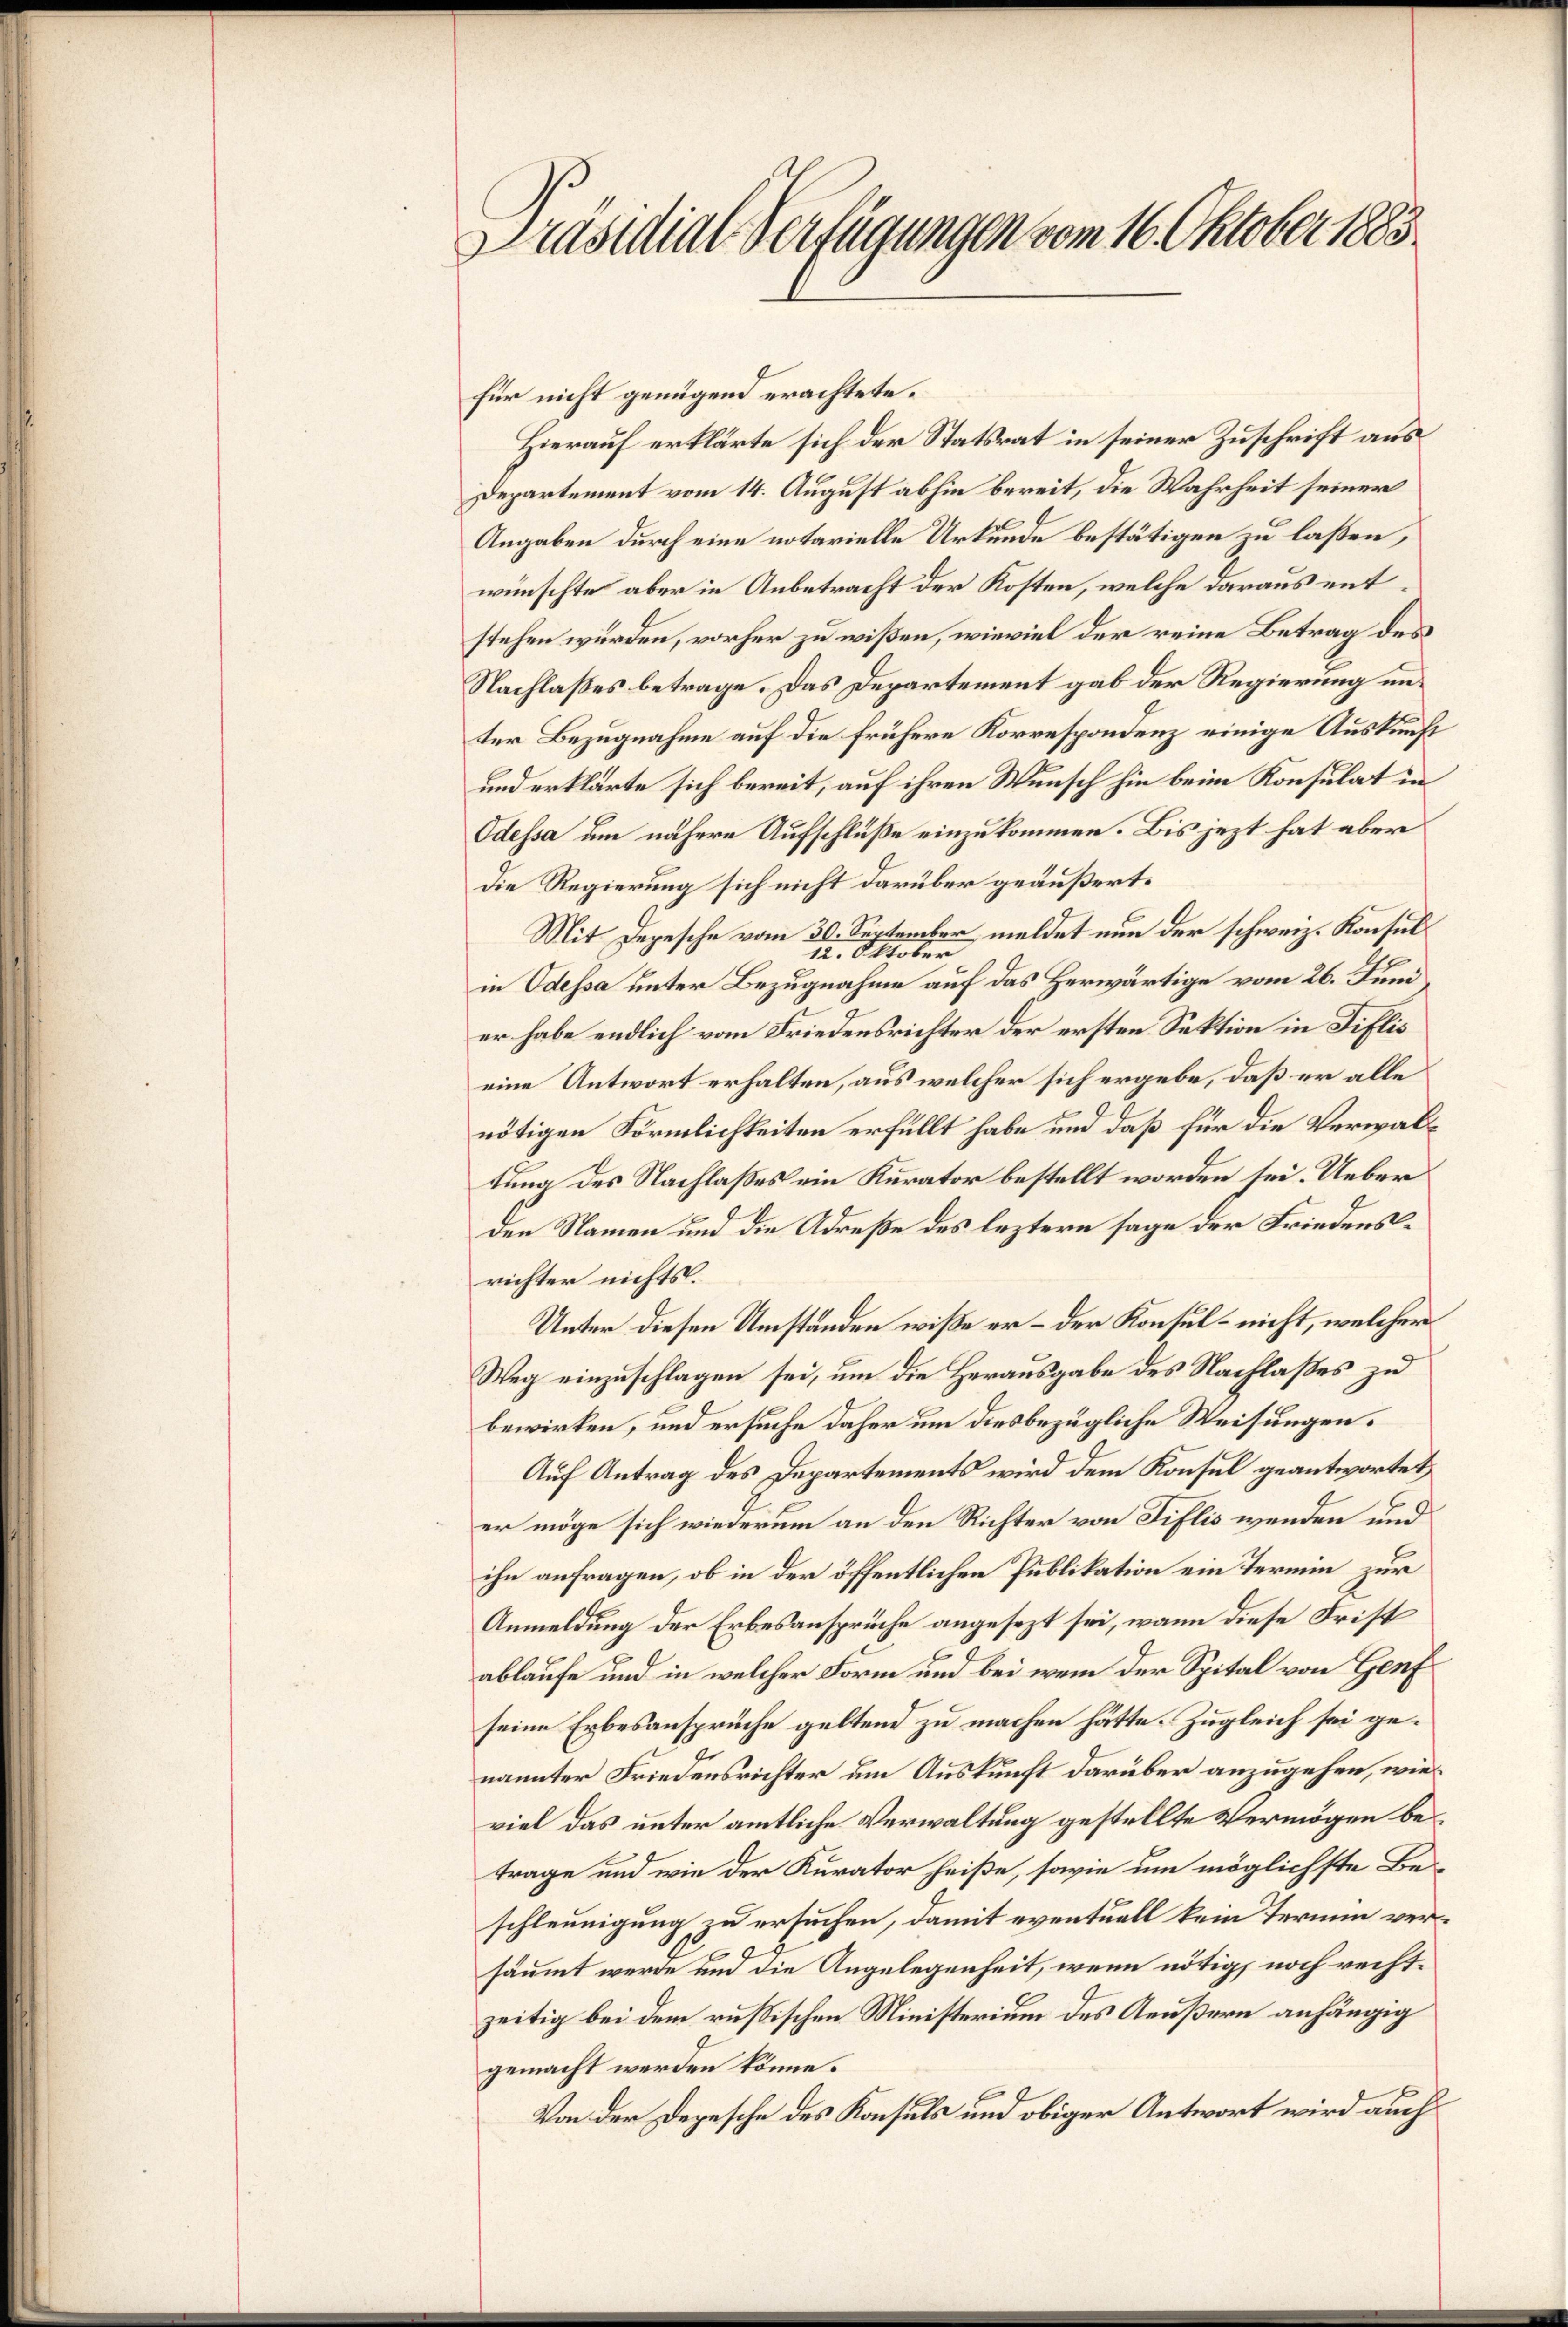
Präsidial-Verfügungen vom 16. Oktober 1883

für nicht genügend erachtete.
Hierauf erklärte sich der Statsrat in seiner Zuschrift aus
Departement vom 14. August abhin bereit, die Wahrheit seiner
Angaben durch eine notarielle Urkunde bestätigen zu laßen,
wünschte aber in Anbetracht der Kosten, welche daraus entstehen würden, vorher zu wißen, wieviel der reine Betrag des
Nachlaßes betrage. Das Departement gab der Regierung unter Bezugnahme auf die frühere Korrespondenz einige Auskunft
und erklärte sich bereit, auf ihren Wunsch hin beim Konsulat in
Odessa um nähere Aufschlüße einzukommen. Bis jezt hat aber
die Regierung sich nicht darüber geäußert.
Mit Depesche vom 30. September meldet nun der schweiz. Konsul
12. Oktober
in Odessa unter Bezugnahme auf das Herwärtige vom 26. Juni
er habe endlich vom Friedensrichter der ersten Sektion in Fiflis
eine Antwort erhalten, aus welcher sich ergebe, daß er alle
nötigen Förmlichkeiten erfüllt habe und daß für die Verwaltung des Nachlaßes ein Kurator bestellt worden sei. Ueber
den Namen und die Adreße des leztern sage der Friedensrichter nichts.
Unter diesen Umständen wiße er – der Konsul - nicht, welcher
Weg einzuschlagen sei, um die Herausgabe des Nachlaßes zu
bewirken, und ersuche daher um diesbezügliche Weisungen.
Auf Antrag des Departements wird dem Konsul geantwortet
er möge sich wiederum an den Richter von Tiflis wenden und
ihn anfragen, ob in der öffentlichen Publikation ein Termin zur
Anmeldung der Erbesansprüche angesezt sei, wann diese Frist
ablaufe und in welcher Form und bei wenn der Spital von Genf
seine Erbesansprüche geltend zu machen hätte. Zugleich sei genannter Friedensrichter um Auskunft darüber anzugehen, wie
viel das unter amtliche Verwaltung gestellte Vermögen betrage und wie der Kurator heiße, sowie um möglichste Beschleunigung zu ersuchen, damit eventuell kein Termin versäumt werde und die Angelegenheit, wenn nötig, noch rechtzeitig bei dem rußischen Ministerium des Aeußern anhängig
gemacht werden könne.
Von der Depesche des Konsuls und obiger Antwort wird auch